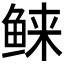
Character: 𱇭